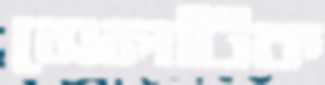
সেলটিক